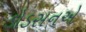
ડોડસનએ